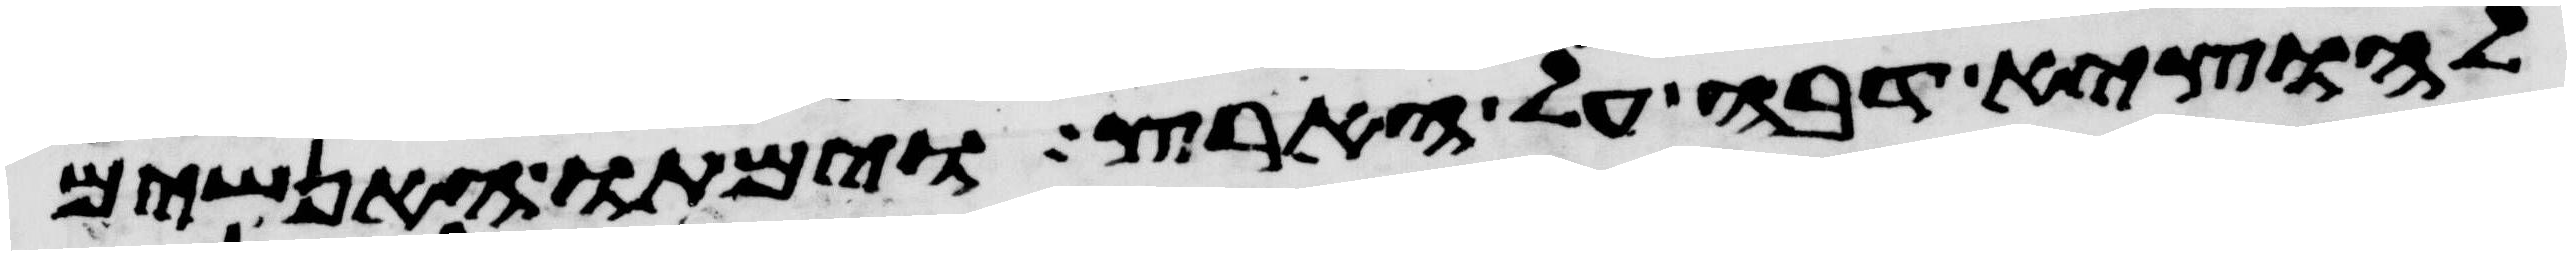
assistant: להוציא דבה על הארץ וימתו האנשים